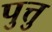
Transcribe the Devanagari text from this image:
पुत्तु